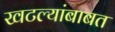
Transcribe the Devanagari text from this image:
खटल्यांबाबत